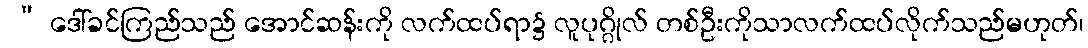
 “ ဒေါ်ခင်ကြည်သည် အောင်ဆန်းကို လက်ထပ်ရာ၌ လူပုဂ္ဂိုလ် တစ်ဦးကိုသာလက်ထပ်လိုက်သည်မဟုတ်၊